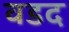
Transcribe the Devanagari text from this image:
वडद